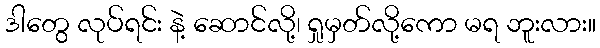
ဒါတွေ လုပ်ရင်း နဲ့ ဆောင်လို့၊ ရှုမှတ်လို့ကော မရ ဘူးလား။